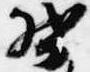
督